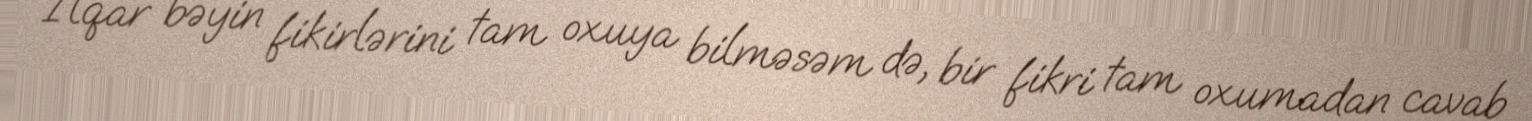
İlqar bəyin fikirlərini tam oxuya bilməsəm də, bir fikri tam oxumadan cavab